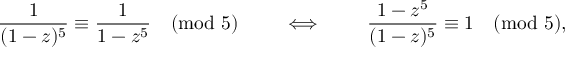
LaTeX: { \frac { 1 } { ( 1 - z ) ^ { 5 } } } \equiv { \frac { 1 } { 1 - z ^ { 5 } } } { \pmod { 5 } } \qquad \iff \qquad { \frac { 1 - z ^ { 5 } } { ( 1 - z ) ^ { 5 } } } \equiv 1 { \pmod { 5 } } ,